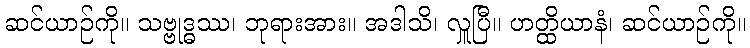
ဆင်ယာဉ်ကို။ သဗ္ဗုဒ္ဓဿ၊ ဘုရားအား။ အဒါသိ၊ လှူပြီ။ ဟတ္ထိယာနံ၊ ဆင်ယာဉ်ကို။